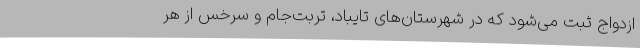
ازدواج ثبت می‌شود که در شهرستان‌های تایباد، تربت‌جام و سرخس از هر